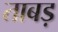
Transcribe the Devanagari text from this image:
ताबड़